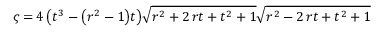
\varsigma = 4 \, { \left( t ^ { 3 } - { \left( r ^ { 2 } - 1 \right) } t \right) } \sqrt { r ^ { 2 } + 2 \, r t + t ^ { 2 } + 1 } \sqrt { r ^ { 2 } - 2 \, r t + t ^ { 2 } + 1 }